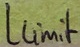
Text: Llimit